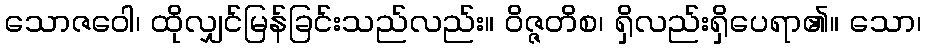
သောဇဝေါ၊ ထိုလျှင်မြန်ခြင်းသည်လည်း။ ဝိဇ္ဇတိစ၊ ရှိလည်းရှိပေရာ၏။ သော၊